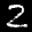
Label: 2